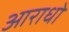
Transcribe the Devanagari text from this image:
आराधो